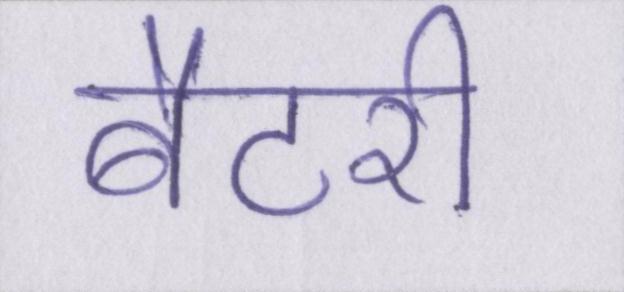
बैटरी